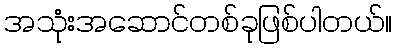
အသုံးအဆောင်တစ်ခုဖြစ်ပါတယ်။